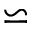
\backsimeq